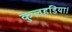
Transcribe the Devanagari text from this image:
कुलहडिया।